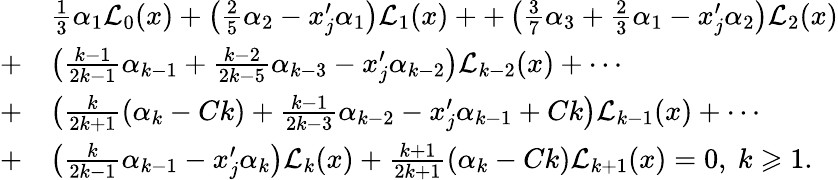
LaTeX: \begin{array}{rl}&{\frac 13\alpha_{1}\mathcal{L}_{0}(x)+\left(\frac 25\alpha_{2}-x_{j}^{\prime}\alpha_{1}\right)\mathcal{L}_{1}(x)++\left(\frac 37\alpha_{3}+\frac 23\alpha_{1}-x_{j}^{\prime}\alpha_{2}\right)\mathcal{L}_{2}(x)}\\ {+}&{\left(\frac{k-1}{2k-1}\alpha_{k-1}+\frac{k-2}{2k-5}\alpha_{k-3}-x_{j}^{\prime}\alpha_{k-2}\right)\mathcal{L}_{k-2}(x)+\cdots}\\ {+}&{\left(\frac{k}{2k+1}(\alpha_{k}-Ck)+\frac{k-1}{2k-3}\alpha_{k-2}-x_{j}^{\prime}\alpha_{k-1}+Ck\right)\mathcal{L}_{k-1}(x)+\cdots}\\ {+}&{\left(\frac{k}{2k-1}\alpha_{k-1}-x_{j}^{\prime}\alpha_{k}\right)\mathcal{L}_{k}(x)+\frac{k+1}{2k+1}\left(\alpha_{k}-Ck\right)\mathcal{L}_{k+1}(x)=0,\ k\geqslant 1.}\end{array}